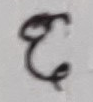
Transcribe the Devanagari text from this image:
६